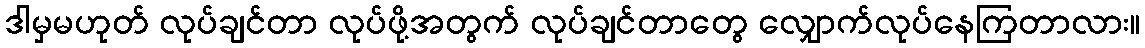
ဒါမှမဟုတ် လုပ်ချင်တာ လုပ်ဖို့အတွက် လုပ်ချင်တာတွေ လျှောက်လုပ်နေကြတာလား။